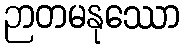
ဉာတမနုဿော